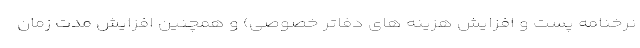
نرخنامه پست و افزایش هزینه های دفاتر خصوصی) و همچنین افزایش مدت زمان